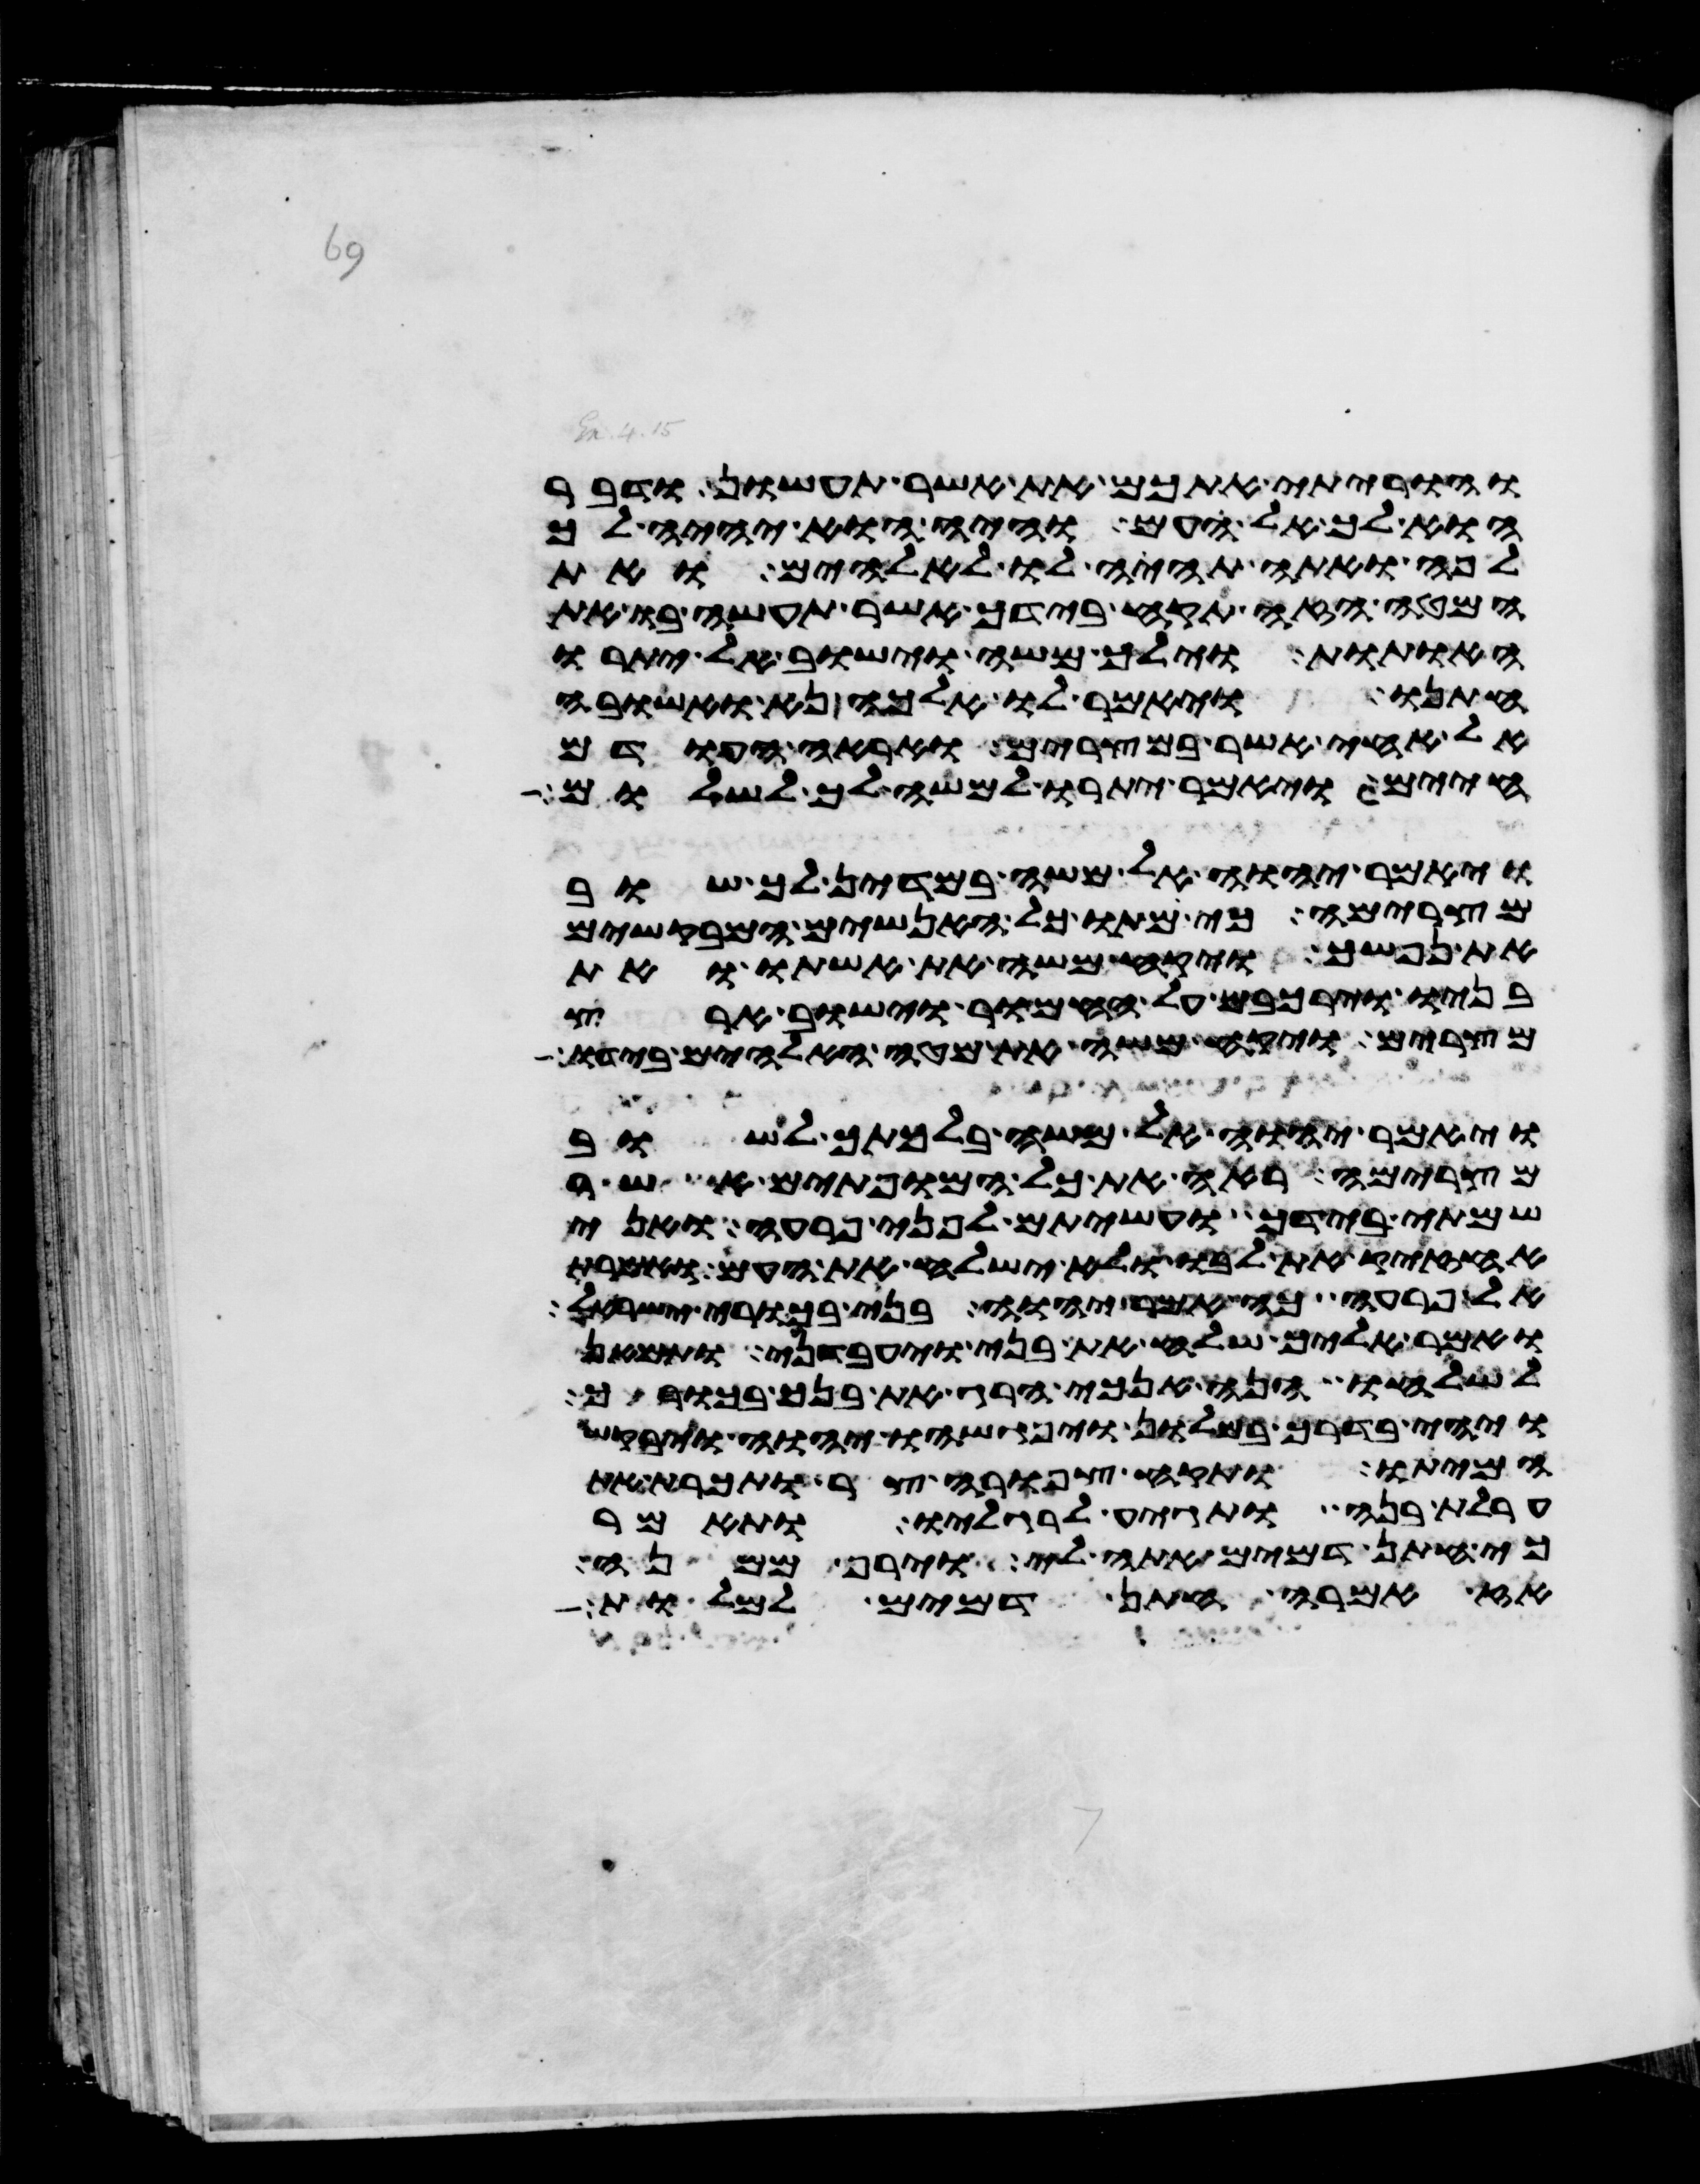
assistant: והוריתי אתכם את אשר תעשון ודבר
הוא לך אל העם והיה הוא יהיה לך
לפה ואתה תהיה לו לאלהים ואת
המטה הזה תקח בידך אשר תעשה בו את
האתות וילך משה וישב אל יתרו
חתנו ויאמר לו אלכה נא ואשובה
אל אחי אשר במצרים ואראה העודם
חיים ויאמר יתרו למשה לך לשלום
ויאמר יהוה אל משה במדין לך שוב
מצרימה כי מתו כל האנשים המבקשים
את נפשך ויקח משה את אשתו ואת
בניו וירכבם על החמור וישב ארץ
מצרים ויקח משה את מטה האלהים בידו
ויאמר יהוה אל משה בלכתך לשוב
מצרימה ראה את כל המופתים אשר
שמתי בידך ועשיתם לפני פרעה ואני
אחזיק את לבו ולא ישלח את העם ואמרת
אל פרעה כה אמר יהוה בני בכורי ישראל
ואמר אליך שלח את בני ויעבדני ותמאן
לשלחו הנה אנכי הרג את בנך בכורך
ויהי בדרך במלון ויפגשהו יהוה ויבקש
המיתו ותקח צפורה צר ותכרת את
ערלת בנה ותגיע לרגליו ותאמר
כי חתן דמים אתה לי וירף ממנה
אז אמרה חתן דמים למלות